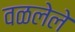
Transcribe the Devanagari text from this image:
वळलेले